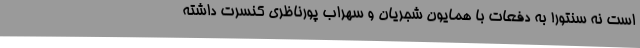
است نه سنتور! به دفعات با همایون شجریان و سهراب پورناظری کنسرت داشته